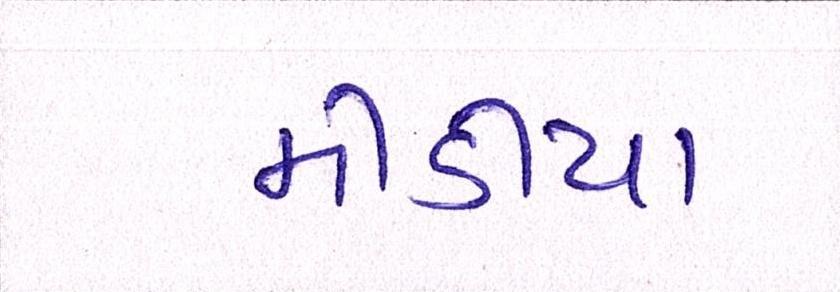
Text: મીડીયા